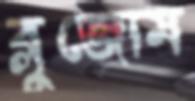
ব্লুজোম